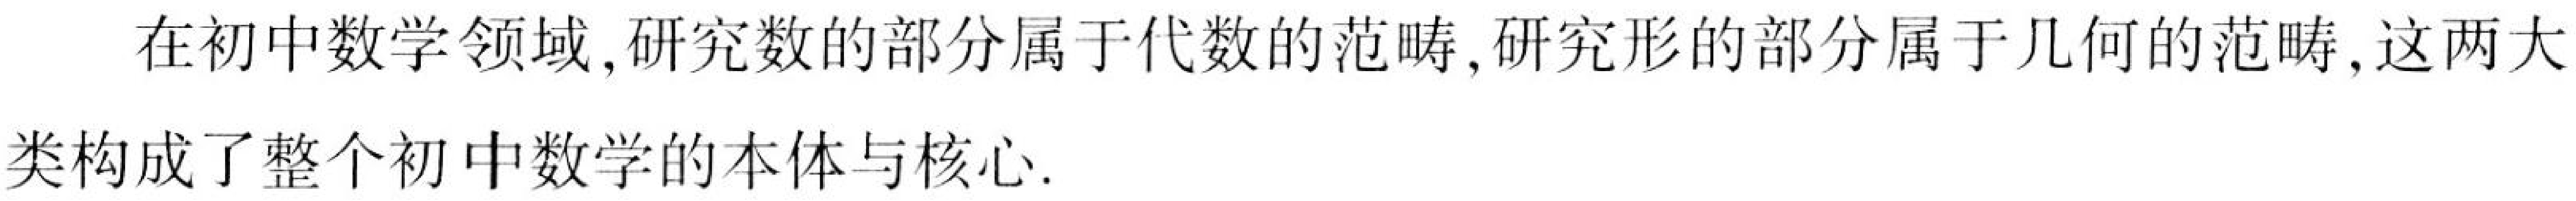
在初中数学领域,研究数的部分属于代数的范畴,研究形的部分属于几何的范畴,这两大类构成了整个初中数学的本体与核心.